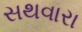
સથવારા